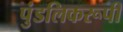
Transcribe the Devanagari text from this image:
पुंडलिकरूपी